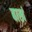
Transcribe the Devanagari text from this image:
बाखं